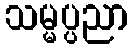
သမ္မပ္ပညာ